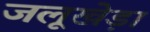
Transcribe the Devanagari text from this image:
जलूखेड़ा